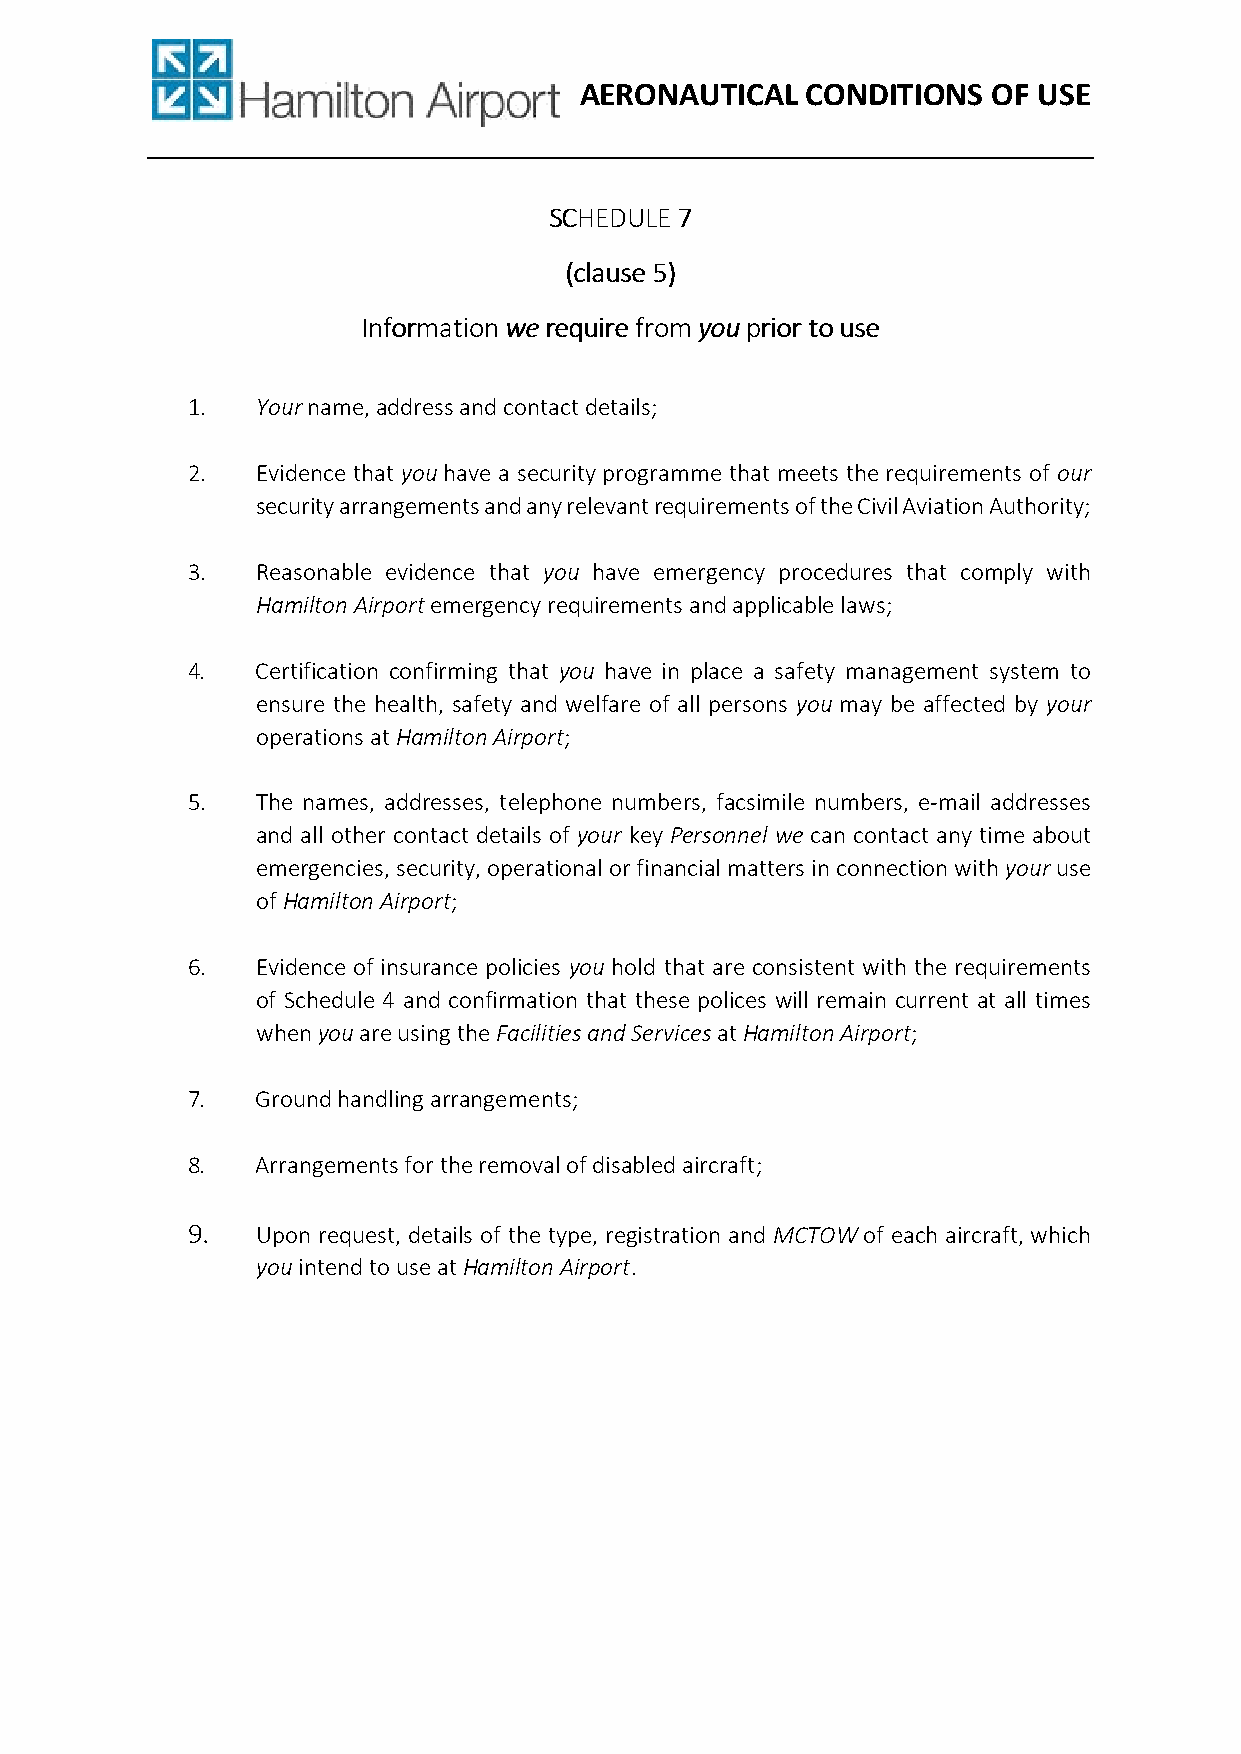
AERONAUTICAL   CONDITIONS   OF USE
 SSSSCCCCHHHHEEEEDDDDUUUULLLLEEEE 7777
 ((((ccccllllaaaauuuusssseeee 5555))))
 IIIInnnnffffoooorrrrmmmmaaaattttiiiioooonnnn wwwweeee rrrreeeeqqqquuuuiiiirrrreeee ffffrrrroooommmm yyyyoooouuuu pppprrrriiiioooorrrr ttttoooo uuuusssseeee
 1.   Your name, address and contact details;
 2.   Evidence that you have a security programme that meets the requirements of our
 security arrangements and any relevant requirements of the Civil Aviation Authority;
 3.   Reasonable evidence that you have emergency procedures that comply with
 Hamilton Airport emergency requirements and applicable laws;
 4.   Certification confirming that you have in place a safety management system to
 ensure the health, safety and welfare of all persons you may be affected by your
 operations at Hamilton Airport;
 5.   The names, addresses, telephone numbers, facsimile numbers, e-mail addresses
 and all other contact details of your key Personnel we can contact any time about
 emergencies, security, operational or financial matters in connection with your use
 of Hamilton Airport;
 6.   Evidence of insurance policies you hold that are consistent with the requirements
 of Schedule 4 and confirmation that these polices will remain current at all times
 when you are using the Facilities and Services at Hamilton Airport;
 7.   Ground handling arrangements;
 8.   Arrangements for the removal of disabled aircraft;
 9.   Upon request, details of the type, registration and MCTOW of each aircraft, which
 you intend to use at Hamilton Airport.